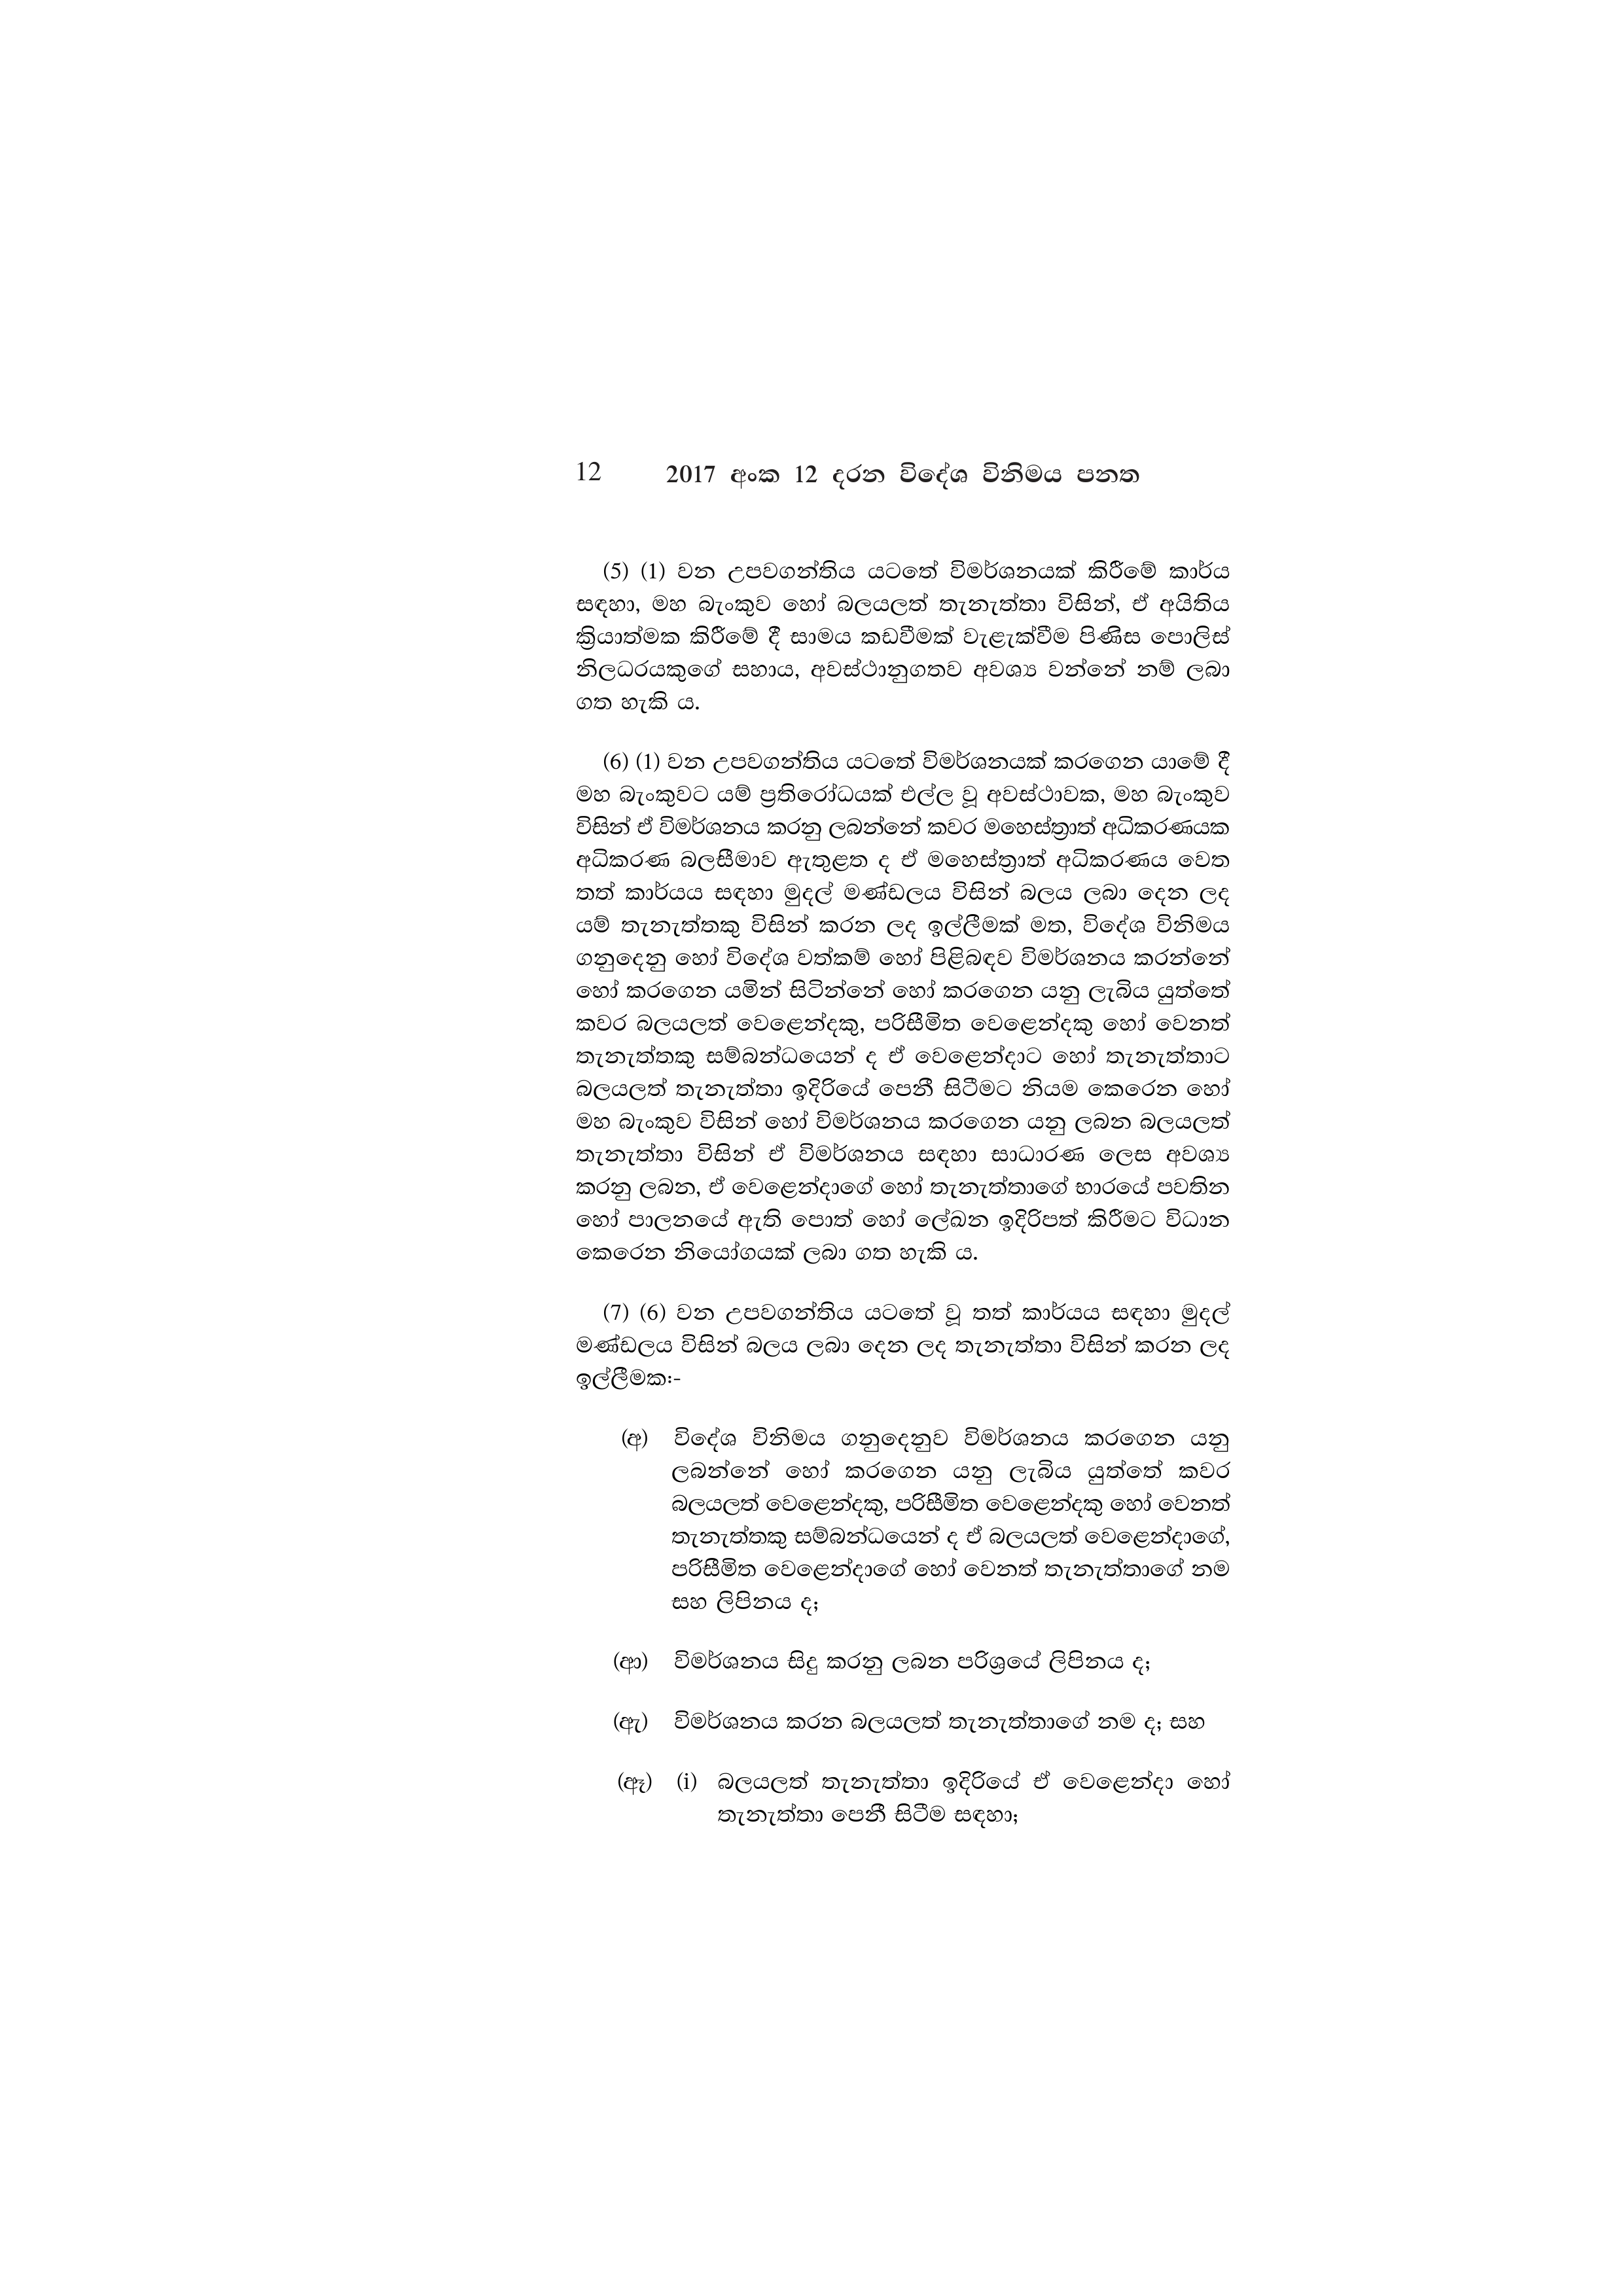
12 2017 අංක 12 දරන විදේශ විනිමය පනත

(5) (1) වන උපවගන්තිය යටතේ විමර්ශනයක් කිරීමේ කාර්ය
සඳහා, මහ බැංකුව හෝ බලයලත් තැනැත්තා විසින්, ඒ අයිතිය
ක්‍රියාත්මක කිරීමේ දී සාමය කඩවීමක් වැළැක්වීම පිණිස පොලිස්
නිලධරයකුගේ සහාය, අවස්ථානුගතව අවශ්‍ය වන්නේ නම් ලබා
ගත හැකි ය.

(6) (1) වන උපවගන්තිය යටතේ විමර්ශනයක් කරගෙන යාමේ දී
මහ බැංකුවට යම් ප්‍රතිරෝධයක් එල්ල වූ අවස්ථාවක, මහ බැංකුව
විසින් ඒ විමර්ශනය කරනු ලබන්නේ කවර මහෙස්ත්‍රාත් අධිකරණයක
අධිකරණ බලසීමාව ඇතුළත ද ඒ මහෙස්ත්‍රාත් අධිකරණය වෙත
තත් කාර්යය සඳහා මුදල් මණ්ඩලය විසින් බලය ලබා දෙන ලද
යම් තැනැත්තකු විසින් කරන ලද ඉල්ලීමක් මත, විදේශ විනිමය
ගනුදෙනු හෝ විදේශ වත්කම් හෝ පිළිබඳව විමර්ශනය කරන්නේ
හෝ කරගෙන යමින් සිටින්නේ හෝ කරගෙන යනු ලැබිය යුත්තේ
කවර බලයලත් වෙළෙන්දකු, පරිසීමිත වෙළෙන්දකු හෝ වෙනත්
තැනැත්තකු සම්බන්ධයෙන් ද ඒ වෙළෙන්දාට හෝ තැනැත්තාට
බලයලත් තැනැත්තා ඉදිරියේ පෙනී සිටීමට නියම කෙරෙන හෝ
මහ බැංකුව විසින් හෝ විමර්ශනය කරගෙන යනු ලබන බලයලත්
තැනැත්තා විසින් ඒ විමර්ශනය සඳහා සාධාරණ ලෙස අවශ්‍ය
කරනු ලබන, ඒ වෙළෙන්දාගේ හෝ තැනැත්තාගේ භාරයේ පවතින
හෝ පාලනයේ ඇති පොත් හෝ ලේඛන ඉදිරිපත් කිරීමට විධාන
කෙරෙන නියෝගයක් ලබා ගත හැකි ය.

(7) (6) වන උපවගන්තිය යටතේ වූ තත් කාර්යය සඳහා මුදල්
මණ්ඩලය විසින් බලය ලබා දෙන ලද තැනැත්තා විසින් කරන ලද
ඉල්ලීමක:-

(අ) විදේශ විනිමය ගනුදෙනුව විමර්ශනය කරගෙන යනු
ලබන්නේ හෝ කරගෙන යනු ලැබිය යුත්තේ කවර
බලයලත් වෙළෙන්දකු, පරිසීමිත වෙළෙන්දකු හෝ වෙනත්
තැනැත්තකු සම්බන්ධයෙන් ද ඒ බලයලත් වෙළෙන්දාගේ,
පරිසීමිත වෙළෙන්දාගේ හෝ වෙනත් තැනැත්තාගේ නම
සහ ලිපිනය ද;

(ආ) විමර්ශනය සිදු කරනු ලබන පරිශ්‍රයේ ලිපිනය ද;

(ඇ) විමර්ශනය කරන බලයලත් තැනැත්තාගේ නම ද; සහ

(ඈ) (i) බලයලත් තැනැත්තා ඉදිරියේ ඒ වෙළෙන්දා හෝ
තැනැත්තා පෙනී සිටීම සඳහා;